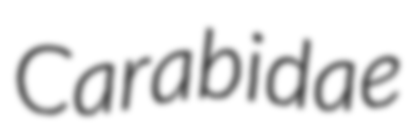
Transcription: Carabidae